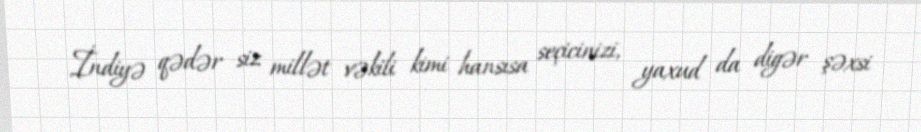
İndiyə qədər siz millət vəkili kimi hansısa seçicinizi, yaxud da digər şəxsi